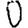
Digit: 0